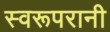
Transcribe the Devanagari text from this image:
स्वरूपरानी